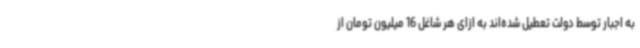
به اجبار توسط دولت تعطیل شده‌اند به ازای هر شاغل 16 میلیون تومان از